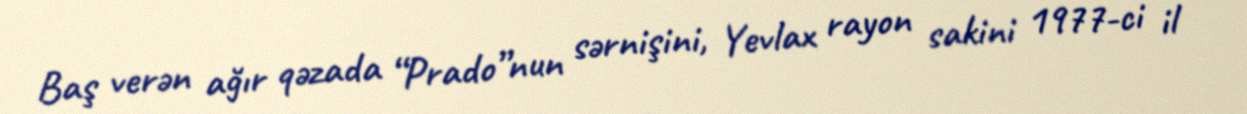
Baş verən ağır qəzada “Prado”nun sərnişini, Yevlax rayon sakini 1977-ci il